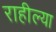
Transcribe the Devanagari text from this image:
राहील्या